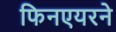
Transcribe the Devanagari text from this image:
फिनएयरने